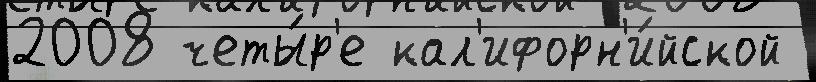
2008 четы́р'е кал'ифорн'и́йской